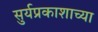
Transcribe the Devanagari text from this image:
सुर्यप्रकाशाच्या